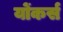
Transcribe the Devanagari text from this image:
योंकर्स